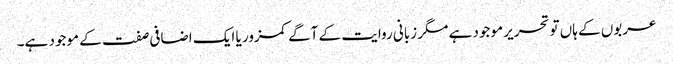
عربوں کے ہاں تو تحریر موجود ہے مگر زبانی روایت کے آگے کمزور یا ایک اضافی صفت کے موجود ہے۔